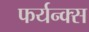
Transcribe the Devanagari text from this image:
फर्यन्क्स